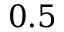
0 . 5